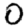
Digit: 0